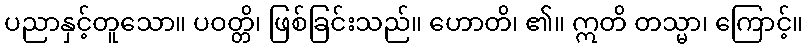
ပညာနှင့်တူသော။ ပဝတ္တိ၊ ဖြစ်ခြင်းသည်။ ဟောတိ၊ ၏။ ဣတိ တသ္မာ၊ ကြောင့်။